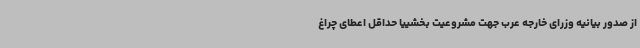
از صدور بیانیه وزرای خارجه عرب جهت مشروعیت بخشییا حداقل اعطای چراغ